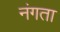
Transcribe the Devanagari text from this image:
नंगता